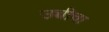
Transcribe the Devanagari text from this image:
उच्चीचा